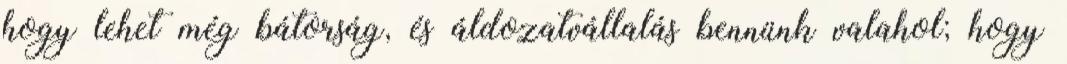
hogy lehet még bátorság, és áldozatvállalás bennünk valahol; hogy